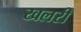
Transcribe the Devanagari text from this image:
खलरी